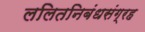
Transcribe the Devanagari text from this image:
ललितनिबंधसंग्रह